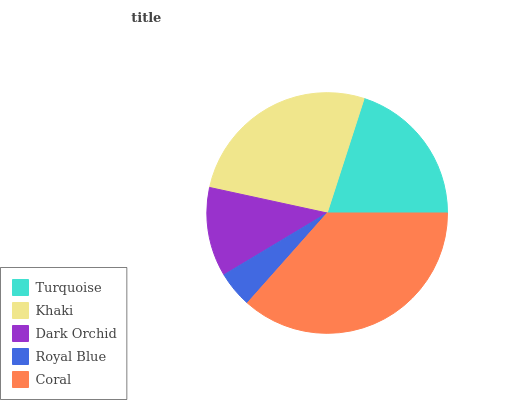
| Turquoise | Khaki | Dark Orchid | Royal Blue | Coral |
 | --- | --- | --- | --- | --- |
 | 20% | 26.6% | 12% | 4.85% | 36.6% |